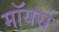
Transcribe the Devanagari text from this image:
मॉयर्स